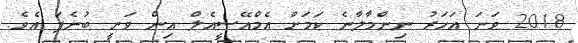
2018 ވަނަ އަހަރު ނިންމާލާނެ ކަމަށް އެމްއޭސީއެލް އިން ވަނީ ބުނެފަ އެވެ.